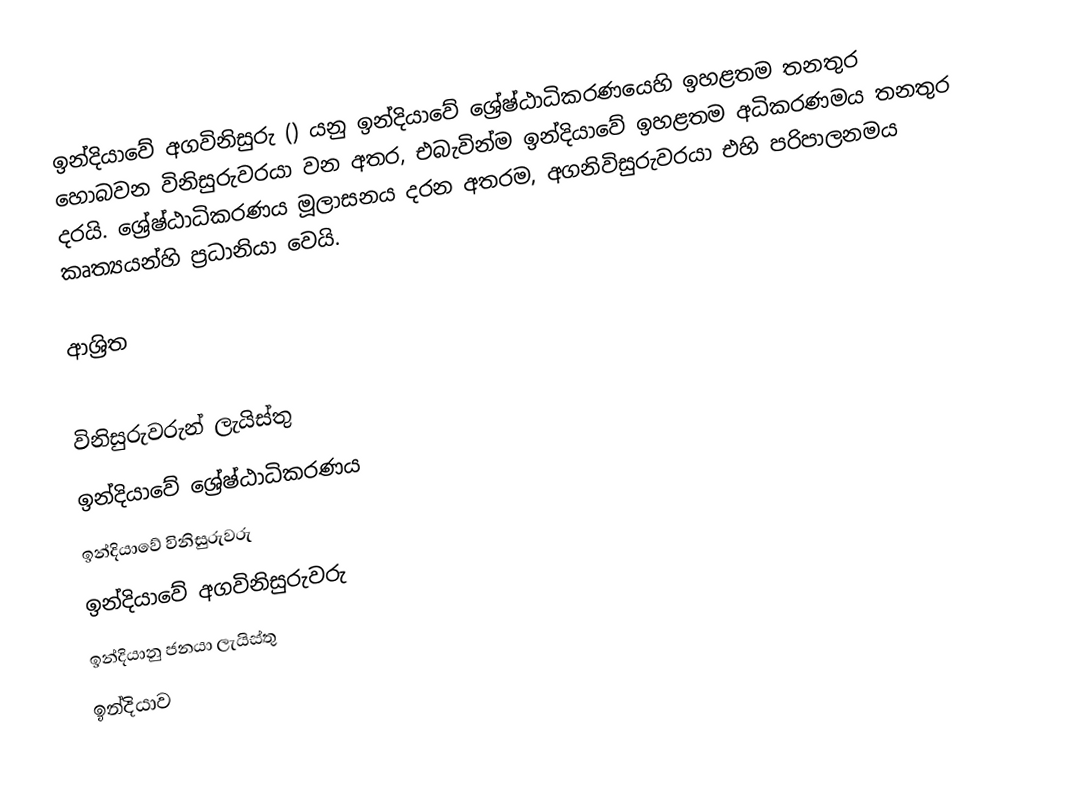
ඉන්දියාවේ අගවිනිසුරු () යනු  ඉන්දියාවේ ශ්‍රේෂ්ඨාධිකරණයෙහි ඉහළතම තනතුර හොබවන විනිසුරුවරයා වන අතර, එබැවින්ම ඉන්දියාවේ ඉහළතම අධිකරණමය තනතුර දරයි. ශ්‍රේෂ්ඨාධිකරණය මූලාසනය දරන අතරම, අගනිවිසුරුවරයා එහි පරිපාලනමය කෘත්‍යයන්හි ප්‍රධානියා වෙයි.

ආශ්‍රිත

විනිසුරුවරුන් ලැයිස්තු
ඉන්දියාවේ ශ්‍රේෂ්ඨාධිකරණය
ඉන්දියාවේ විනිසුරුවරු
ඉන්දියාවේ අගවිනිසුරුවරු
ඉන්දියානු ජනයා ලැයිස්තු
ඉන්දියාව